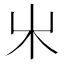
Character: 𣎵